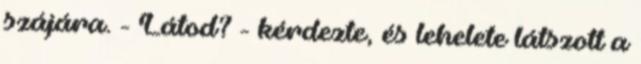
szájára. - Látod? - kérdezte, és lehelete látszott a